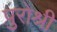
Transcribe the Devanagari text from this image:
पुरोश्री